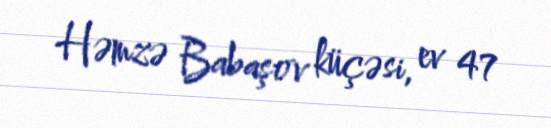
Həmzə Babaşov küçəsi, ev 47